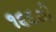
૧૬૬થી